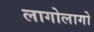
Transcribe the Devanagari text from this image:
लागोलागो